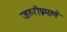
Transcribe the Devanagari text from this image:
जरुरीप्रमाणे